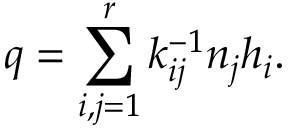
q = \sum _ { i , j = 1 } ^ { r } k _ { i j } ^ { - 1 } n _ { j } h _ { i } .